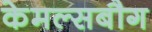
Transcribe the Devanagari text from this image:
केमल्सबौग